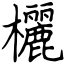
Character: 欐